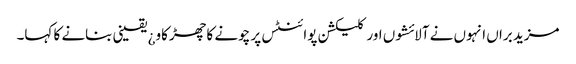
مزید براں انہوں نے آلائشوں اور کلیکشن پوائنٹس پر چونے کا چھڑکاو¿ یقینی بنانے کا کہا۔